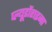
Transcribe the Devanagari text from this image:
प्ल्यूडोंराइना